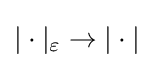
|\cdot |_{\varepsilon }\to |\cdot |